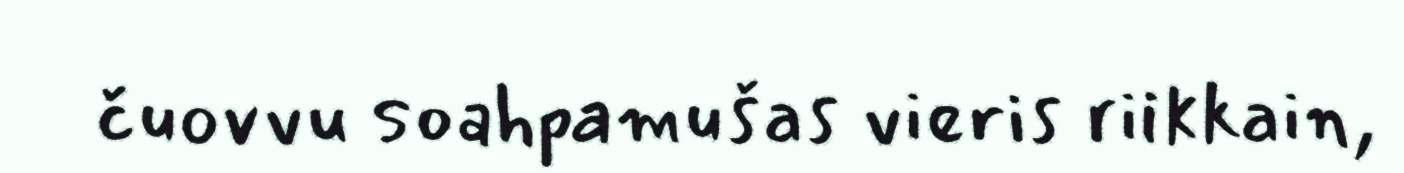
čuovvu soahpamušas vieris riikkain,